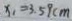
x _ { 1 } = 3 . 5 9 c m